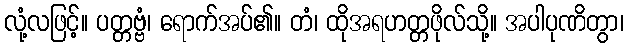
လုံ့လဖြင့်။ ပတ္တဗ္ဗံ၊ ရောက်အပ်၏။ တံ၊ ထိုအရဟတ္တဖိုလ်သို့။ အပါပုဏိတွာ၊